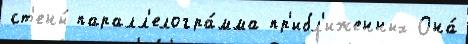
ст'ены́ паралл'елогра́мма пр'ибл'иженных Она́